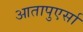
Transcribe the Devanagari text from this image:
आतापुएर्सा